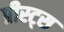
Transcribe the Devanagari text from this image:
प्रीस्ट्स